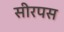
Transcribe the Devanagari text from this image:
सीरपस